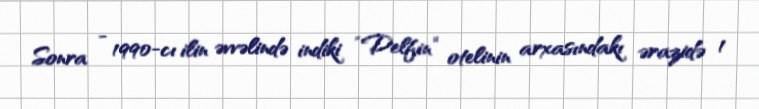
Sonra - 1990-cı ilin əvvəlində indiki “Delfin” otelinin arxasındakı ərazidə 1